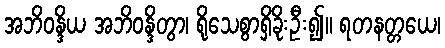
အဘိဝန္ဒိယ အဘိဝန္ဒိတွာ၊ ရိုသေစွာရှိခိုးဦး၍။ ရတနတ္တယေ၊